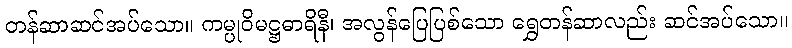
တန်ဆာဆင်အပ်သော။ ကမ္ပုဝိမဋ္ဌဓာရိနီ၊ အလွန်ပြေပြစ်သော ရွှေတန်ဆာလည်း ဆင်အပ်သော။